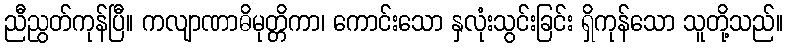
ညီညွတ်ကုန်ပြီ။ ကလျာဏာဓိမုတ္တိကာ၊ ကောင်းသော နှလုံးသွင်းခြင်း ရှိကုန်သော သူတို့သည်။